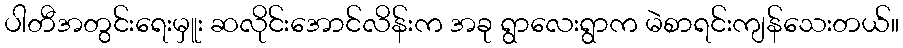
ပါတီအတွင်းရေးမှူး ဆလိုင်းအောင်လိန်းက အခု ရွာလေးရွာက မဲစာရင်းကျန်သေးတယ်။